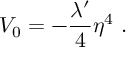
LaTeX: V _ { 0 } = - { \frac { \lambda ^ { \prime } } { 4 } } \eta ^ { 4 } \ .